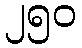
၂၅၀